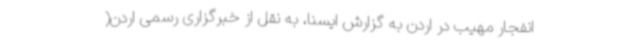
انفجار مهیب در اردن به گزارش ایسنا، به نقل از خبرگزاری رسمی اردن(